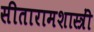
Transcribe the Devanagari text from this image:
सीतारामशास्त्रीं